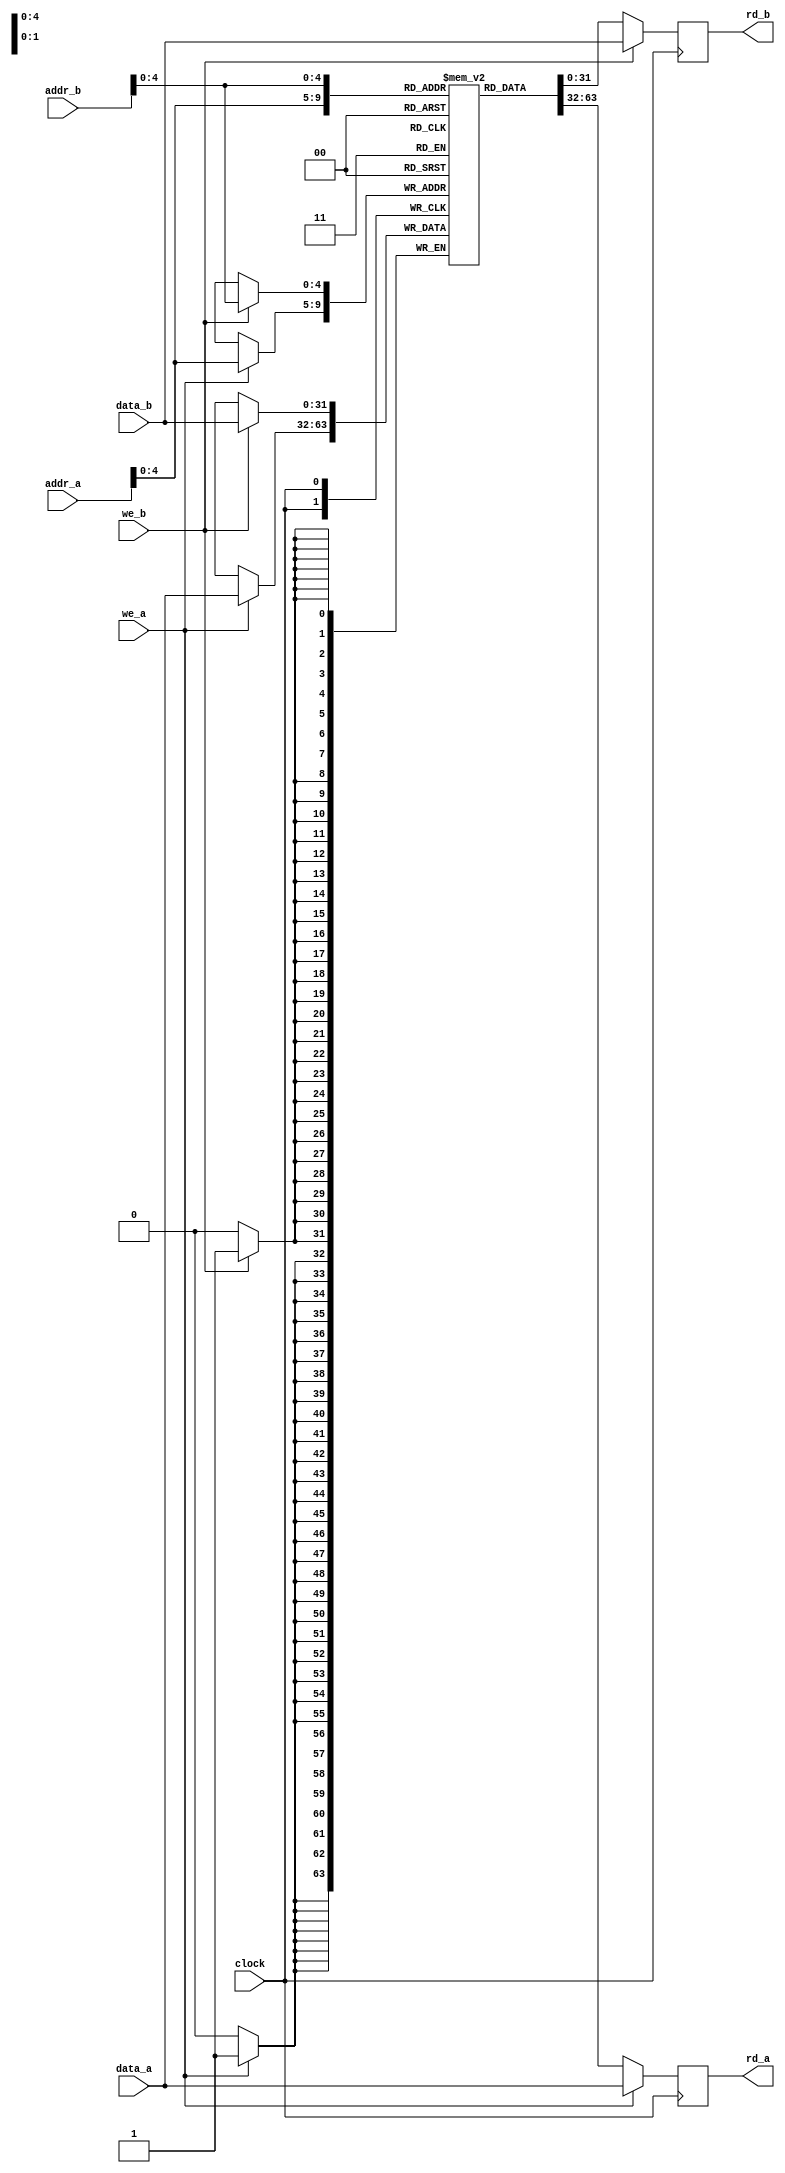
module RAM_2P
#(
	parameter ADDR_WIDTH = 32, // Сколько бит содержит адресация 
	parameter DATA_WIDTH = 32 	// Сколько бит содержат данные
)
(
	input [DATA_WIDTH-1:0] data_a, data_b,
	input [ADDR_POINTER_WIDTH:0] addr_a, addr_b,
	input we_a, we_b, 
	input clock,
	output reg [DATA_WIDTH-1:0] rd_a, rd_b
);

localparam integer ADDR_POINTER_WIDTH = $clog2(ADDR_WIDTH);

reg [DATA_WIDTH-1:0] ram[ADDR_WIDTH-1:0];

always @ (posedge clock)
begin
	if (we_a) 
	begin
		ram[addr_a] <= data_a;
		rd_a <= data_a;
	end
	else 
	begin
		rd_a <= ram[addr_a];
	end
end

always @ (posedge clock)
begin
	if (we_b)
	begin
		ram[addr_b] <= data_b;
		rd_b <= data_b;
	end
	else
	begin
		rd_b <= ram[addr_b];
	end
end
	
endmodule